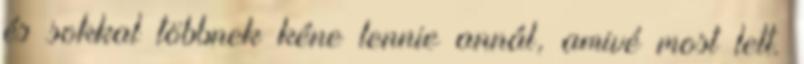
és sokkal többnek kéne lennie annál, amivé most lett.